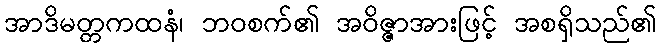
အာဒိမတ္တကထနံ၊ ဘဝစက်၏ အဝိဇ္ဇာအားဖြင့် အစရှိသည်၏